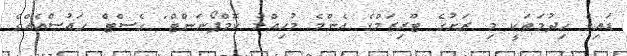
ޑައިވް ހިދުމަތަކީ މި ރަށުގެ ޓޫރިޒަމްގެ އެންމެ މުހިއްމު ކޮމްޕޯނަންޓް" ގެސްޓް ހައުސްއެއްގެ